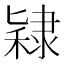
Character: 𫕙